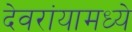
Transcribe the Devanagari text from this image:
देवरांयामध्ये